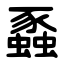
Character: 蟸